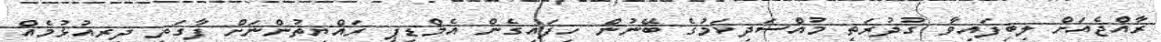
ރާއްޖެއަށް ލިބިފައިވާ ގުދުރަތީ މުއްސަދިކަމުގެ ބޭނުން ހިފައިގެން އެމްޑީޕީ ރައްޔިތުންނަށް ފާގަތި ދިރިއުޅުމެއް